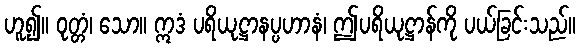
ဟူ၍။ ဝုတ္တံ၊ သော။ ဣဒံ ပရိယုဋ္ဌာနပ္ပဟာနံ၊ ဤပရိယုဋ္ဌာန်ကို ပယ်ခြင်းသည်။